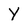
Character: y